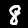
Digit: 8